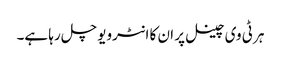
ہر ٹی وی چینل پر ان کا انٹرویو چل رہا ہے۔